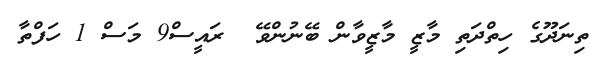
ތިނަދޫގެ ހިތްދަތި މާޒީ މާޒީވާން ބޭނުންވޭ  ރައީސް9 މަސް 1 ހަފްތާ